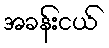
အခန်းငယ်